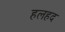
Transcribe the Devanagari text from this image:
हलहद